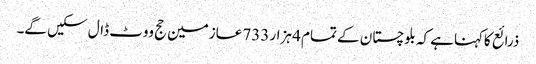
ذرائع کاکہناہے کہ بلوچستان کے تمام 4 ہزار 733 عازمین حج ووٹ ڈال سکیں گے۔